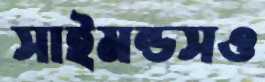
সাইমন্ডসও